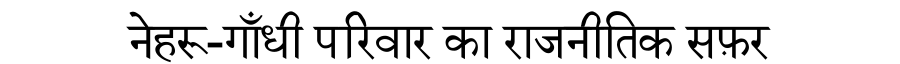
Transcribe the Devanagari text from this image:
नेहरू-गाँधी परिवार का राजनीतिक सफ़र